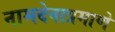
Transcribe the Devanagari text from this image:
नामदेवाप्रमाणे